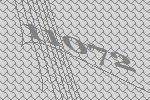
11072